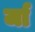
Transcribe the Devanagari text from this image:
र्जा